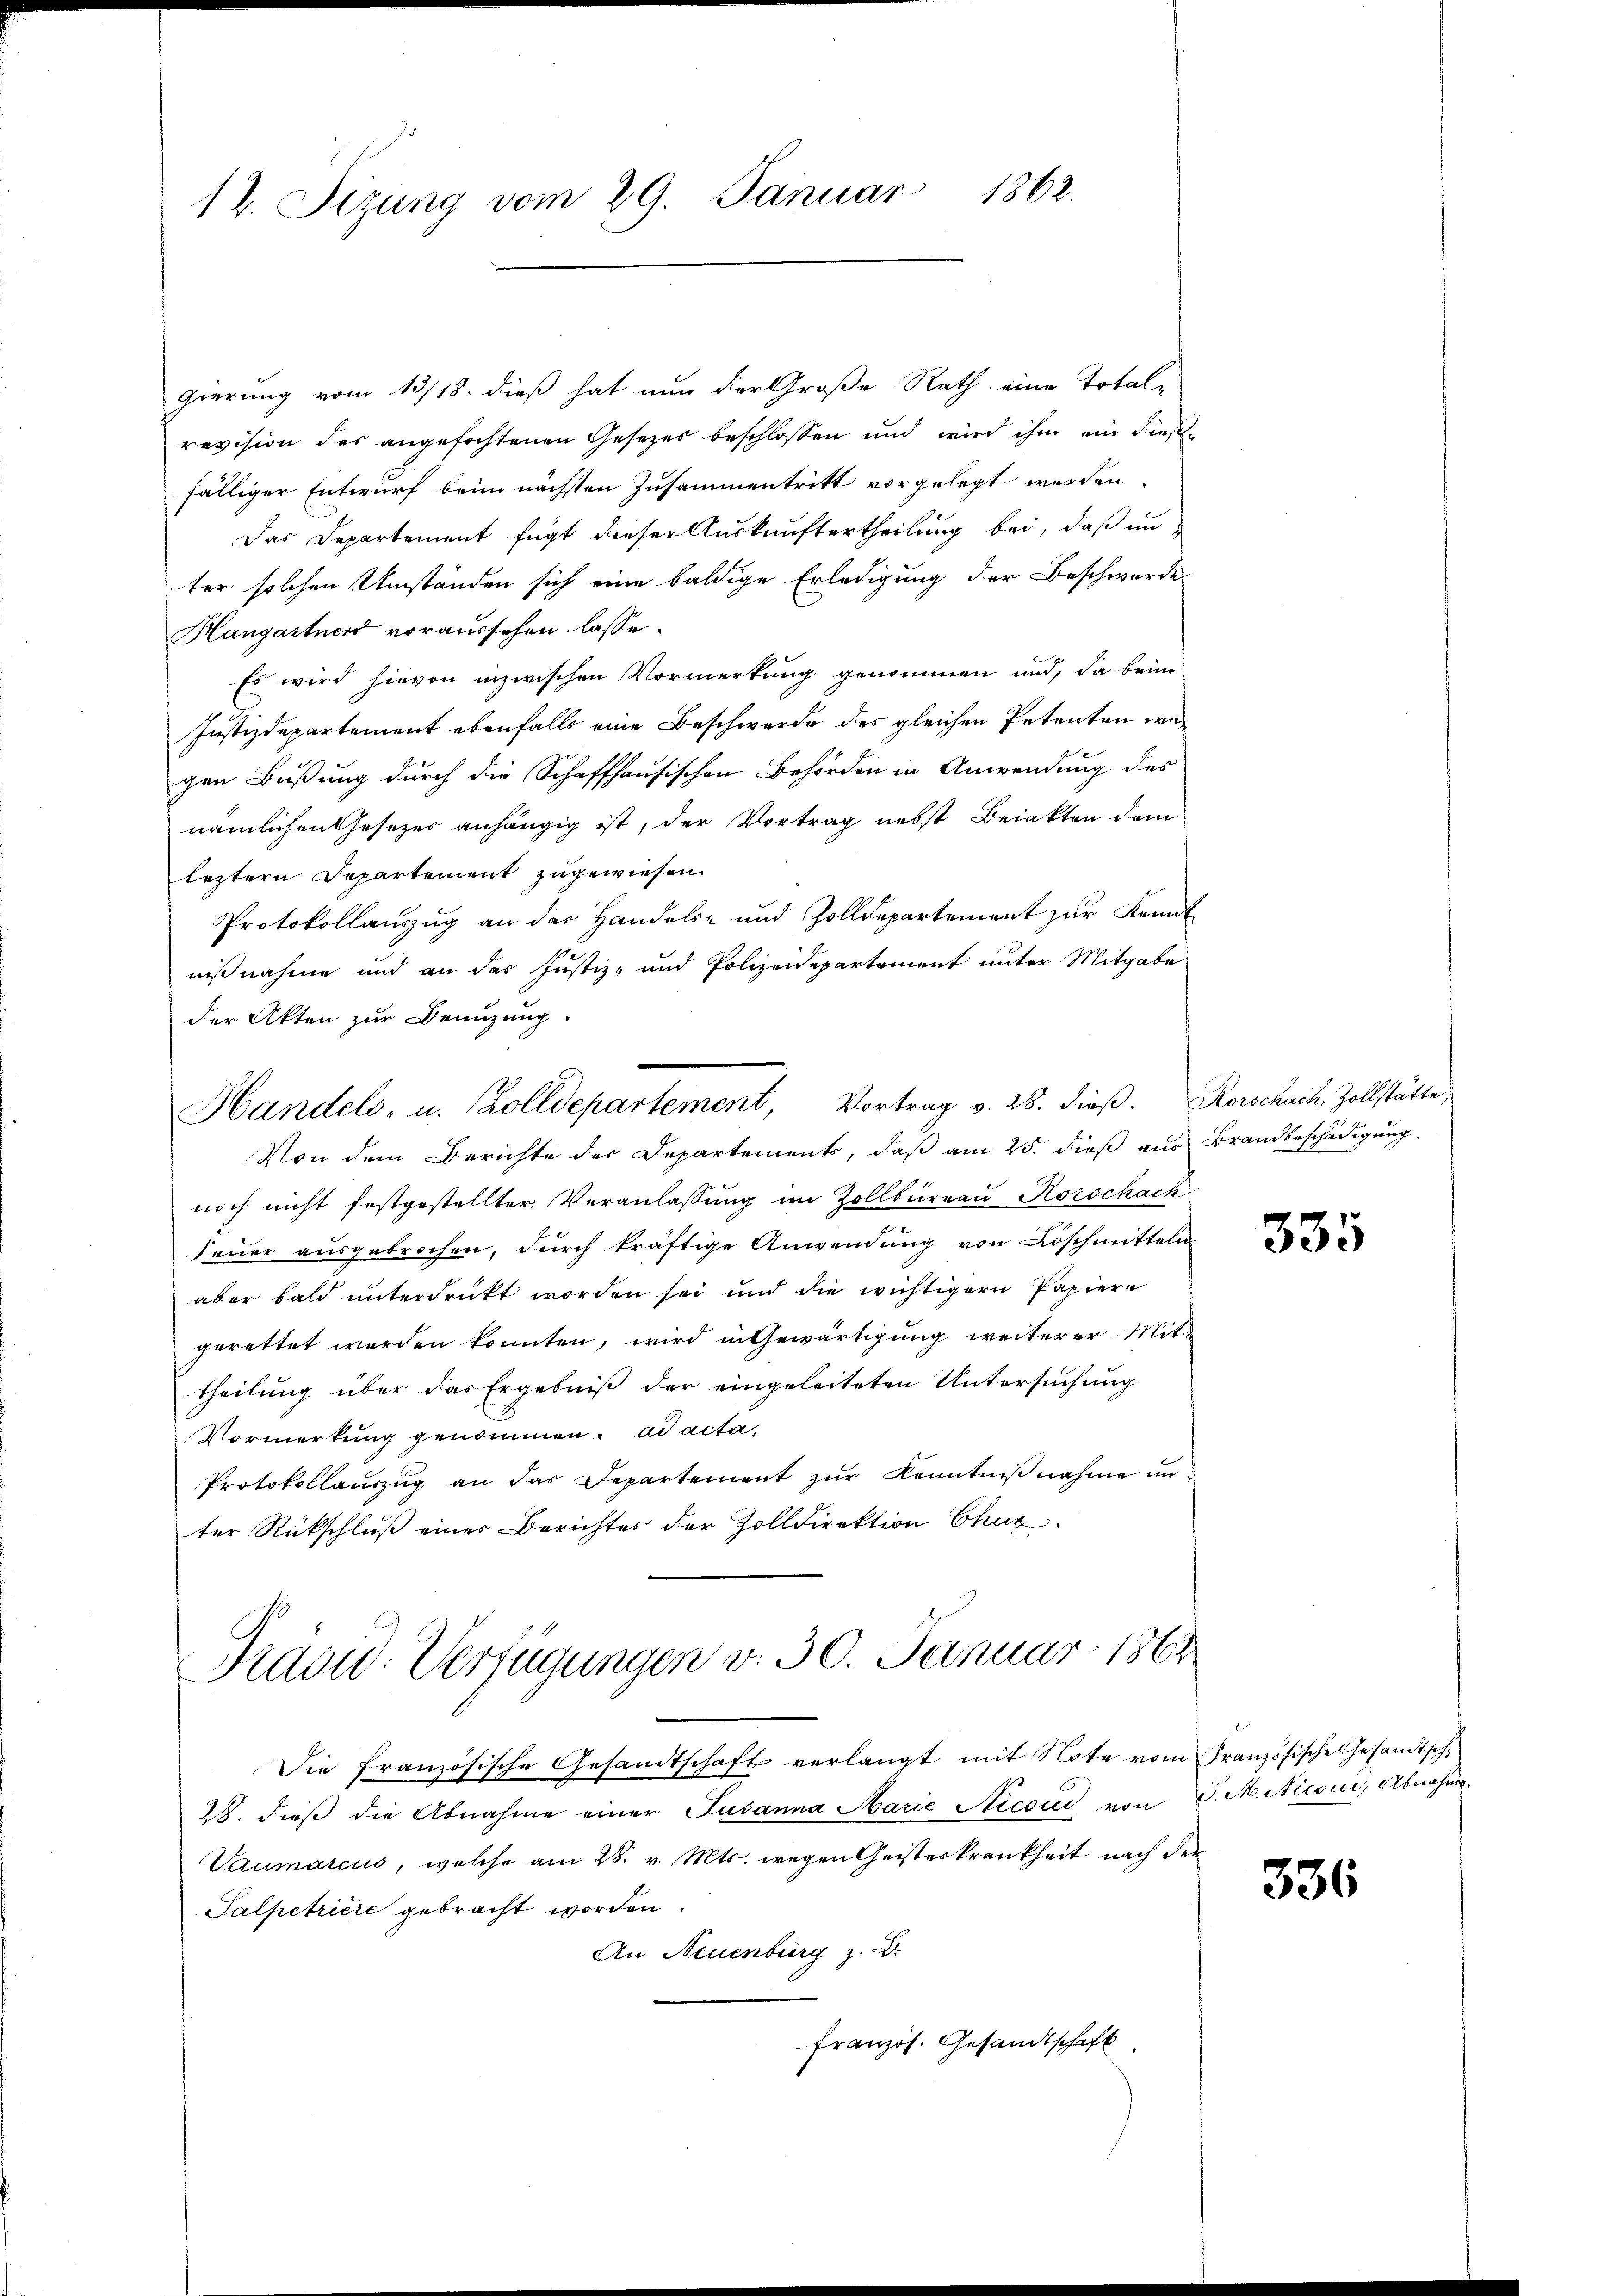
12. Sizung vom 29. Januar 1862.

gierung vom 13/18. dieß hat nun der Große Rath eine Total-
revision des angefochtenen Gesetzes beschlossen und wird ihm ein dießfälliger Entwurf beim nächsten Zusammentritt vorgelegt werden.
Das Departement fügt dieser Auskunftertheilung bei, daß unter solchen Umständen sich eine baldige Erledigung der Beschwerde
Hangartner voraussehen lasse.
Es wird hievon inzwischen Vormerkung genommen und, da beim
Justizdepartement ebenfalls eine Beschwerde des gleichen Petenten wiegen Bußung durch die Schaffhausischen Behörden in Anwendung des
nämlichen Gesezer anhängig ist, der Vortrag nebst Beinkten dem
leztern Departement zugewiesen.
Protokollauszug an der Handels- und Zolldepartement zur Kennt
nißnahme und an des Justiz- und Polizeidepartement unter Mitgabe
der Akten zur Benuzung
Handels, u. Zolldepartement, Vortrag v. 28. dieß. Kerschach, Zollstätte,
Von dem Berichte der Departements, daß am 25. dieß aus Brandbeschädigung
noch nicht festgestellter Veranlassung im Zollbüreau Korschach
Feuer ausgebrochen, durch kräftige Anwendung von Löschmitteln
aber bald unterdruckt worden sei und die wichtigern Papiere
gerettet werden konnten, wird in Gewärtigung weiterer Mittheilung über das Ergebniß der eingeleiteten Untersuchung
Vormerkung genommen. ad acta,
Protokollauszug an das Departement zŭr Kenntniβnahme unter Rückschluß einer Berichtes der Zolldirektion Chur

Präsid. Verfügungen v. 30. Januar 1864

Die französische Gesandtschaft verlangt mit Note vom Französische Gesandtsch¬
28. dieβ die Abnahme einer Susanna Marie Nicoud von J. A. Niconi, Abnahme.
Vaumarcus, welche am 28. v. Mts. wegen Geisteskrankheit nach der
Salpetriere gebracht worden.
An Neuenburg z. B.
französ. Gesandtschaft

335

336